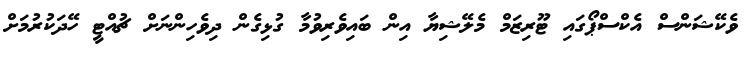
ވެކޭޝަންސް އެކްސްޕޯގައި ޓޫރިޒަމް މެލޭޝިޔާ އިން ބައިވެރިވުމާ ގުޅިގެން ދިވެހިންނަށް ޗުއްޓީ ހޭދަކުރުމަށް